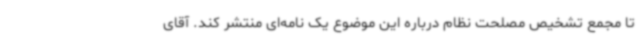
تا مجمع تشخیص مصلحت نظام درباره این موضوع یک نامه‌ای منتشر کند. آقای